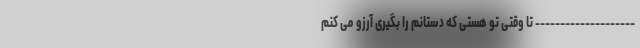
-------------------- تا وقتی تو هستی که دستانم را بگیری آرزو می کنم